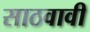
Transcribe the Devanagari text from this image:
साठवावी